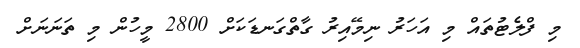
މި ފްލެޓުތައް މި އަހަރު ނިމޭއިރު ގާތްގަނޑަކަށް 2800 މީހުން މި ތަނަނަށް